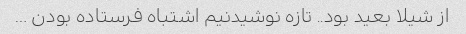
از شیلا بعید بود.. تازه نوشیدنیم اشتباه فرستاده بودن …